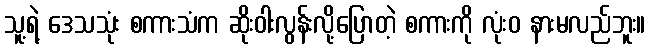
သူ့ရဲ့ ဒေသသုံး စကားသံက ဆိုးဝါးလွန်းလို့ပြောတဲ့ စကားကို လုံးဝ နားမလည်ဘူး။